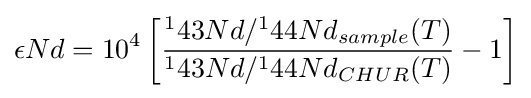
\epsilon Nd=10^{4}\left[{\frac {^{1}43Nd/^{1}44Nd_{sample}(T)}{^{1}43Nd/^{1}44Nd_{CHUR}(T)}}-1\right]